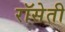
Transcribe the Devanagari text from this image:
रॉसेती